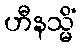
ဟီနသ္မိံ